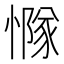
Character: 𢢊